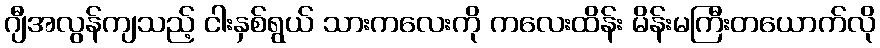
ဂျီအလွန်ကျသည့် ငါးနှစ်ရွယ် သားကလေးကို ကလေးထိန်း မိန်းမကြီးတယောက်လို